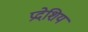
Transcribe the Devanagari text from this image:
प्रदेशिय